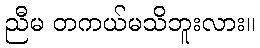
ညီမ တကယ်မသိဘူးလား။